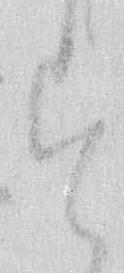
す